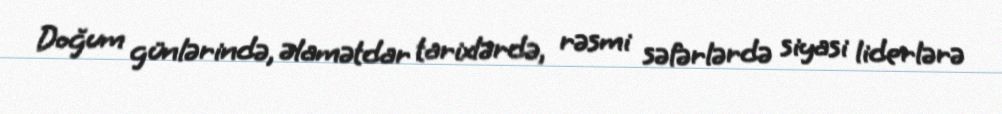
Doğum günlərində, əlamətdar tarixlərdə, rəsmi səfərlərdə siyasi liderlərə